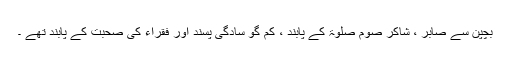
بچپن سے صابر ، شاکر صوم صلوۃ کے پابند ، کم گو سادگی پسند اور فقراء کی صحبت کے پابند تھے ۔